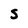
Character: s